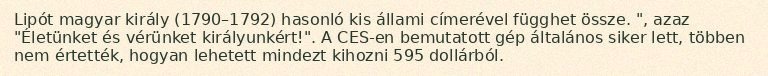
Lipót magyar király (1790–1792) hasonló kis állami címerével függhet össze. ", azaz "Életünket és vérünket királyunkért!". A CES-en bemutatott gép általános siker lett, többen nem értették, hogyan lehetett mindezt kihozni 595 dollárból.